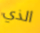
الذي